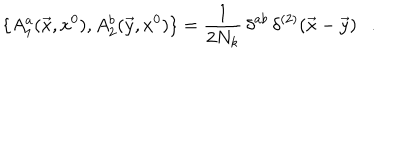
\{ A _ { 1 } ^ { a } ( \vec { x } , x ^ { 0 } ) , A _ { 2 } ^ { b } ( \vec { y } , x ^ { 0 } ) \} = \frac { 1 } { 2 N _ { k } } \, \delta ^ { a b } \, \delta ^ { ( 2 ) } ( \vec { x } - \vec { y } ) \ \ \ .